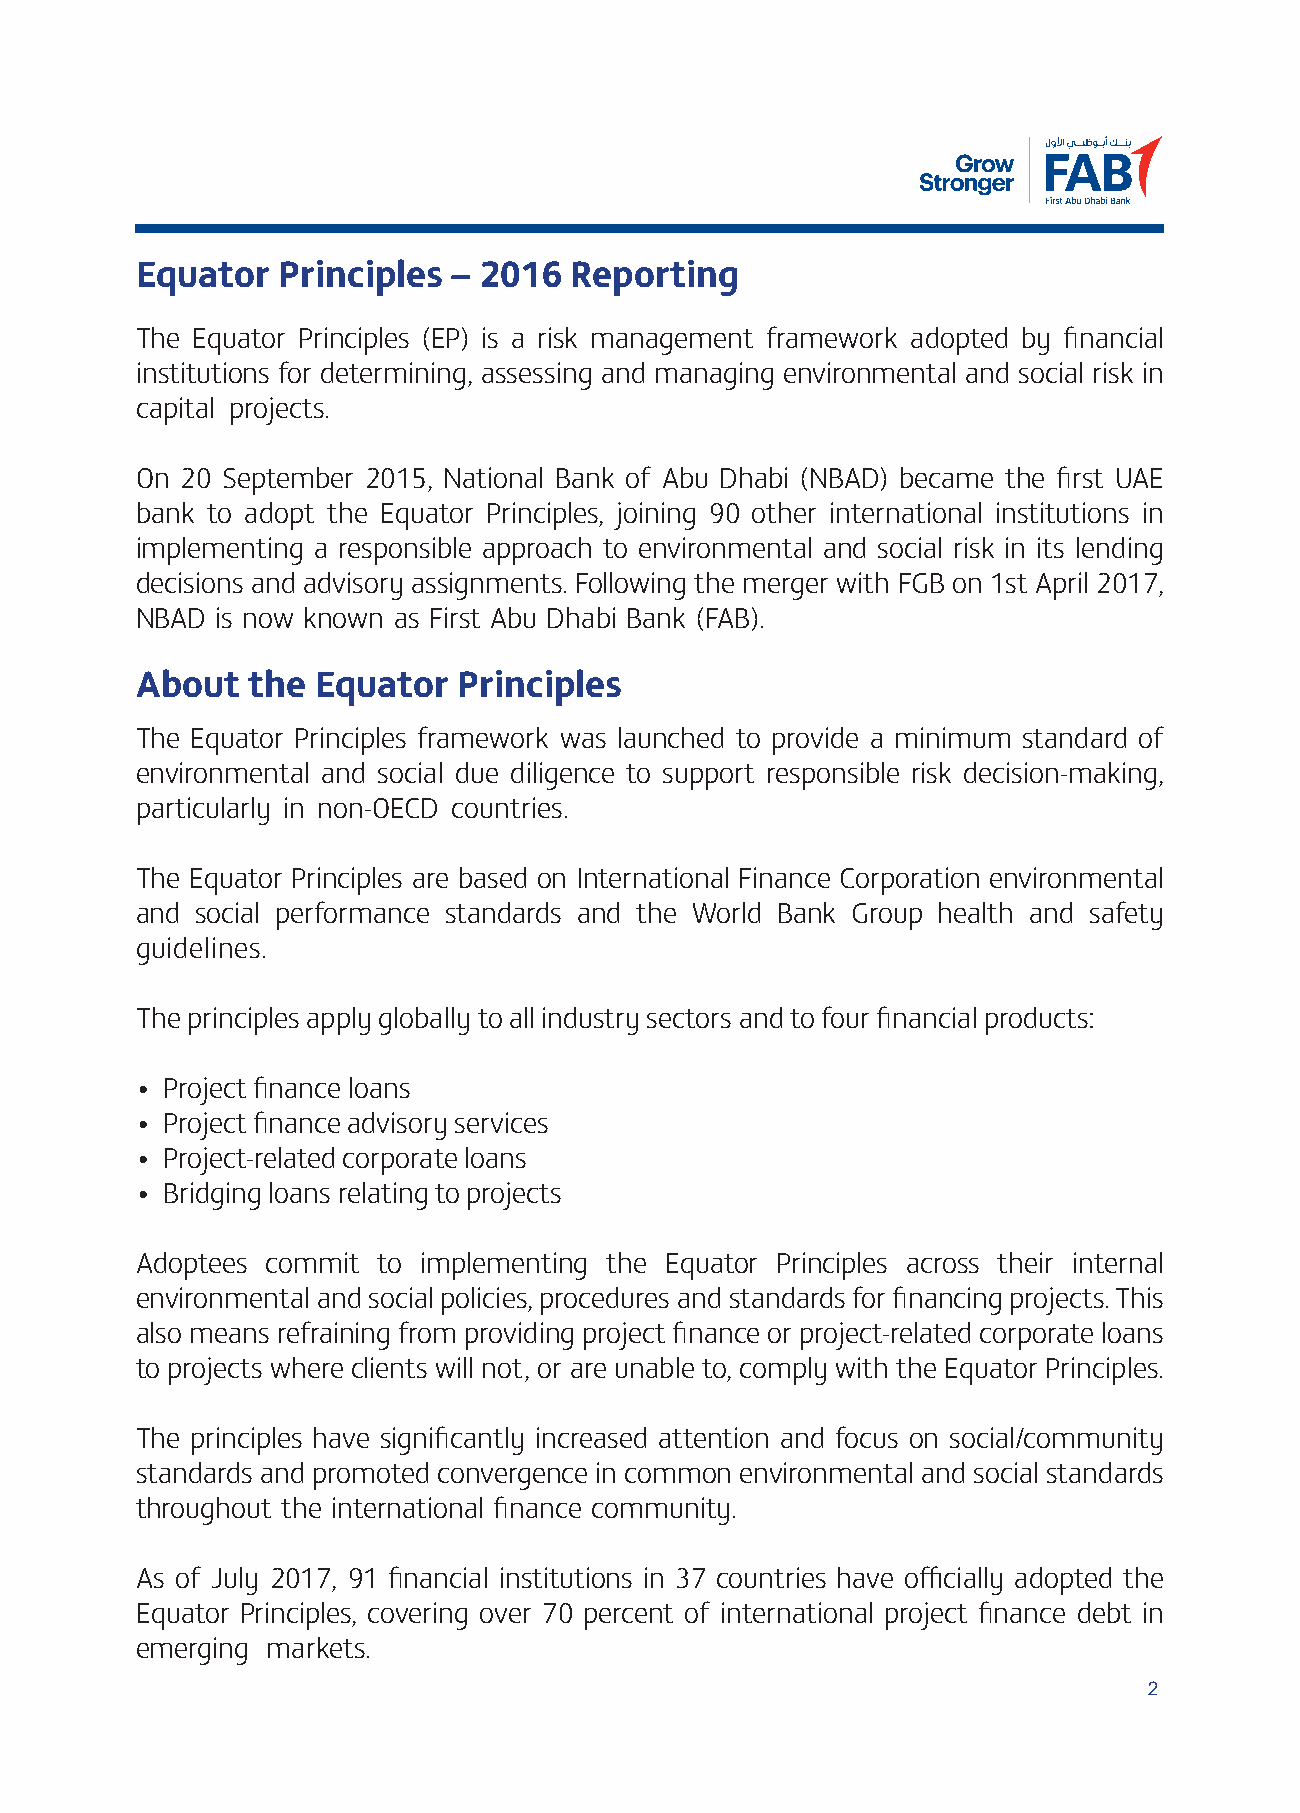
Equator  Principles  – 2016  Reporting
 The Equator Principles (EP) is a risk management framework adopted by financial
 institutions for determining, assessing and managing environmental and social risk in
 capital projects.
 On 20 September 2015, National Bank of Abu Dhabi (NBAD) became the first UAE
 bank to adopt the Equator Principles, joining 90 other international institutions in
 implementing a responsible approach to environmental and social risk in its lending
 decisions and advisory assignments. Following the merger with FGB on 1st April 2017,
 NBAD is now known as First Abu Dhabi Bank (FAB).
 About  the  Equator  Principles
 The Equator Principles framework was launched to provide a minimum standard of
 environmental and social due diligence to support responsible risk decision-making,
 particularly in non-OECD countries.
 The Equator Principles are based on International Finance Corporation environmental
 and social performance standards and the World Bank Group health and safety
 guidelines.
 The principles apply globally to all industry sectors and to four financial products:
 • Project finance loans
 • Project finance advisory services
 • Project-related corporate loans
 • Bridging loans relating to projects
 Adoptees commit to implementing the Equator Principles across their internal
 environmental and social policies, procedures and standards for financing projects. This
 also means refraining from providing project finance or project-related corporate loans
 to projects where clients will not, or are unable to, comply with the Equator Principles.
 The principles have significantly increased attention and focus on social/community
 standards and promoted convergence in common environmental and social standards
 throughout the international finance community.
 As of July 2017, 91 financial institutions in 37 countries have officially adopted the
 Equator Principles, covering over 70 percent of international project finance debt in
 emerging markets.
 2